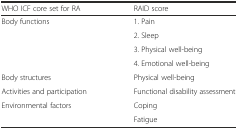
<table><thead><tr><td><b>WHO ICF core set for RA</b></td><td><b>RAID score</b></td></tr></thead><tbody><tr><td rowspan="4">Body functions</td><td>1. Pain</td></tr><tr><td>2. Sleep</td></tr><tr><td>3. Physical well-being</td></tr><tr><td>4. Emotional well-being</td></tr><tr><td>Body structures</td><td>Physical well-being</td></tr><tr><td>Activities and participation</td><td>Functional disability assessment</td></tr><tr><td rowspan="2">Environmental factors</td><td>Coping</td></tr><tr><td>Fatigue</td></tr></tbody></table>